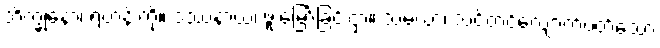
ဘိက္ခုနော၊ ရဟန်းကို။ ဒဿနာယ၊ ဖူးမြော်ခြင်းငှာ။ သမယာ၊ သင့်တင့်လျောက်ပတ်သော